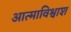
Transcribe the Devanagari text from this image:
आत्माविश्वाश